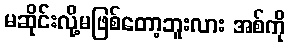
မဆိုင်းလို့မဖြစ်တော့ဘူးလား အစ်ကို